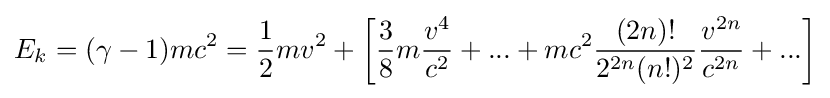
E_{k}=(\gamma -1)mc^{2}={\frac {1}{2}}mv^{2}+\left[{\frac {3}{8}}m{\frac {v^{4}}{c^{2}}}+...+mc^{2}{\frac {(2n)!}{2^{2n}(n!)^{2}}}{\frac {v^{2n}}{c^{2n}}}+...\right]